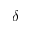
\delta